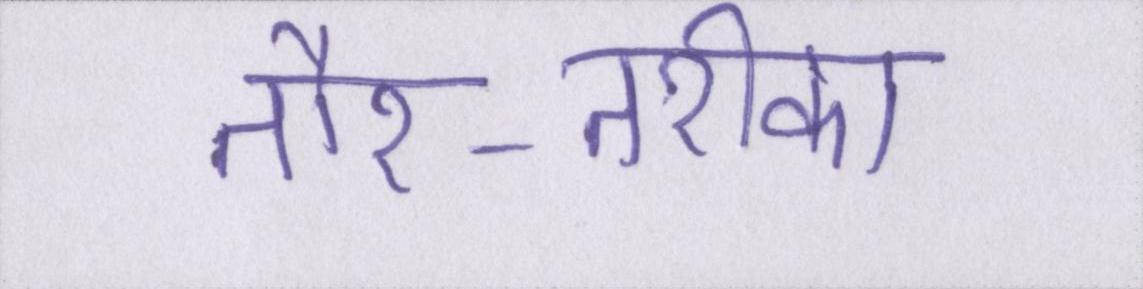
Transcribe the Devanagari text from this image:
तौर-तरीका